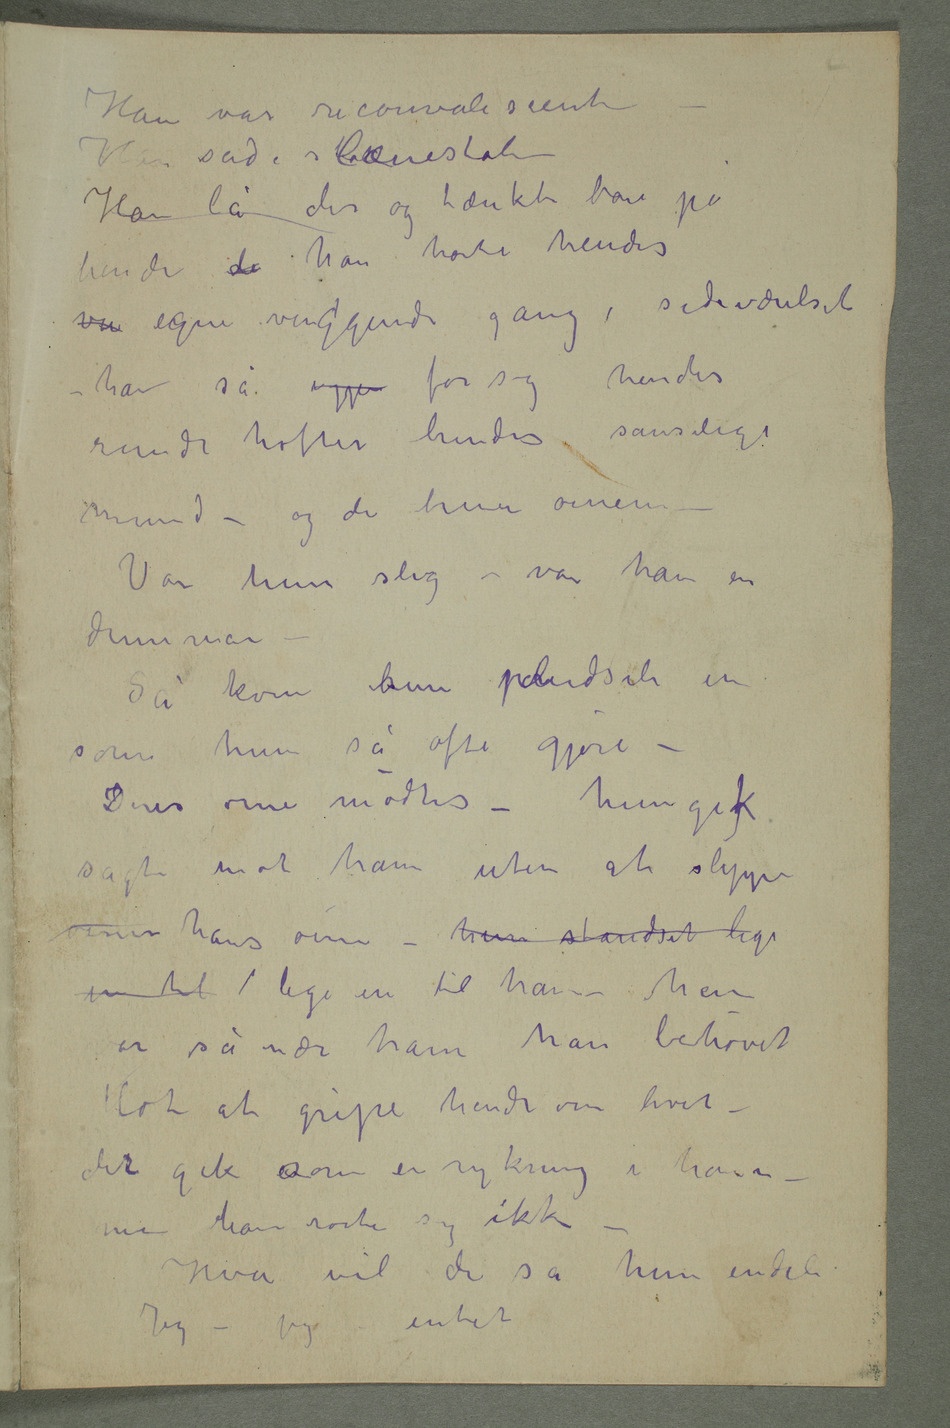
Han var reconvalescent
– Han sad i lænestolen
Han lå der og tænkte bare på
hende de han hørte hendes
vu egen vuggende gang i sideværelset
– han så igjen for sig hendes
runde hofter hendes sanselige
mund – og de brune øinene –
Var hun slig – var han en
– Så kom hun pludseli in
som hun så ofte gjore –
Deres øine mødtes – hun gigik
sagte mot ham uten at slippe
øinene hans øine – hun standset lige
in til  lige in til ham – hun
er så nær ham han behøvet
blot at gripe hende om livet –
dert gik som en rykning i ham –
men han rørte sig ikke
– Hva vil du sa hun endeli
Jeg – jeg – intet